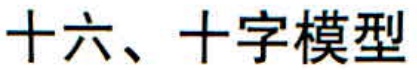
十六、十字模型